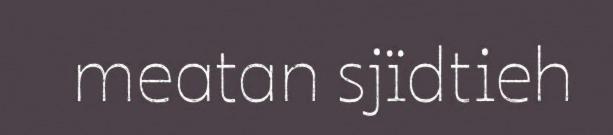
meatan sjïdtieh